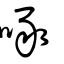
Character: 啄